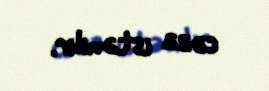
cəza istənilir.